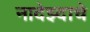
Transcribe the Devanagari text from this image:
नादेझ्दाचे